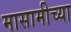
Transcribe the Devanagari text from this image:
मासामीच्या